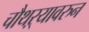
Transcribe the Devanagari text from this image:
चौथऱ्यावरुन